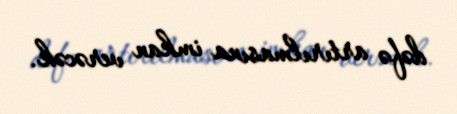
dəfə artırılmasına imkan verəcək.